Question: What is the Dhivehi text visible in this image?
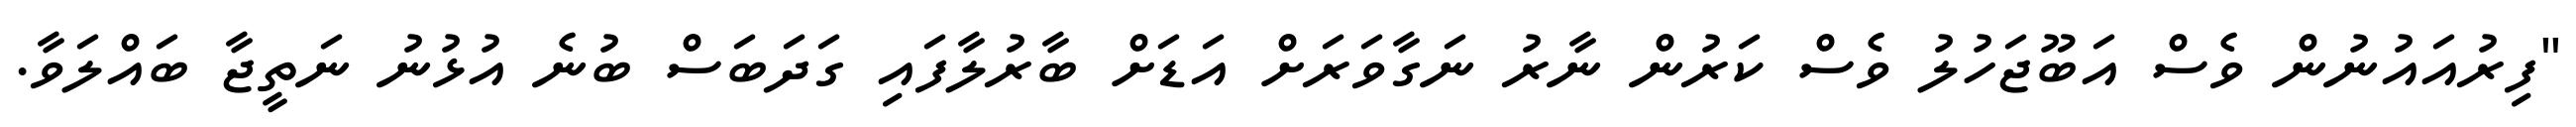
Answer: "ފިރުއައުނުން ވެސް އަބޫޖަހުލު ވެސް ކަރުން ނާރު ނަގާވަރަށް އަޑަށް ބާރުލާފައި ގަދަބަސް ބުނެ އުޅުނު ނަތީޖާ ބައްލަވާ.